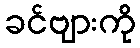
ခင်ဗျားကို